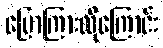
ပြောကြားလိုကြောင်း